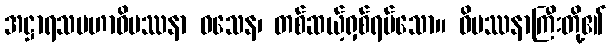
အဋ္ဌာရသမဟာဝိပဿနာ ဝသေန၊ တစ်ဆယ့်ရှစ်ရပ်သော။ ဝိပဿနာကြီးတို့၏